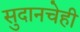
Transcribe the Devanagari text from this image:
सुदानचेही